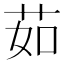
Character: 茹